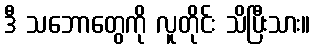
ဒီ သဘောတွေကို လူတိုင်း သိပြီးသား။